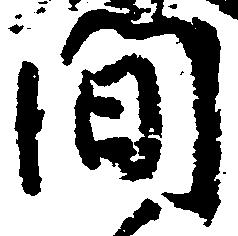
間